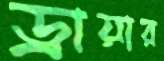
ড্রায়ার